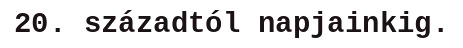
20. századtól napjainkig.